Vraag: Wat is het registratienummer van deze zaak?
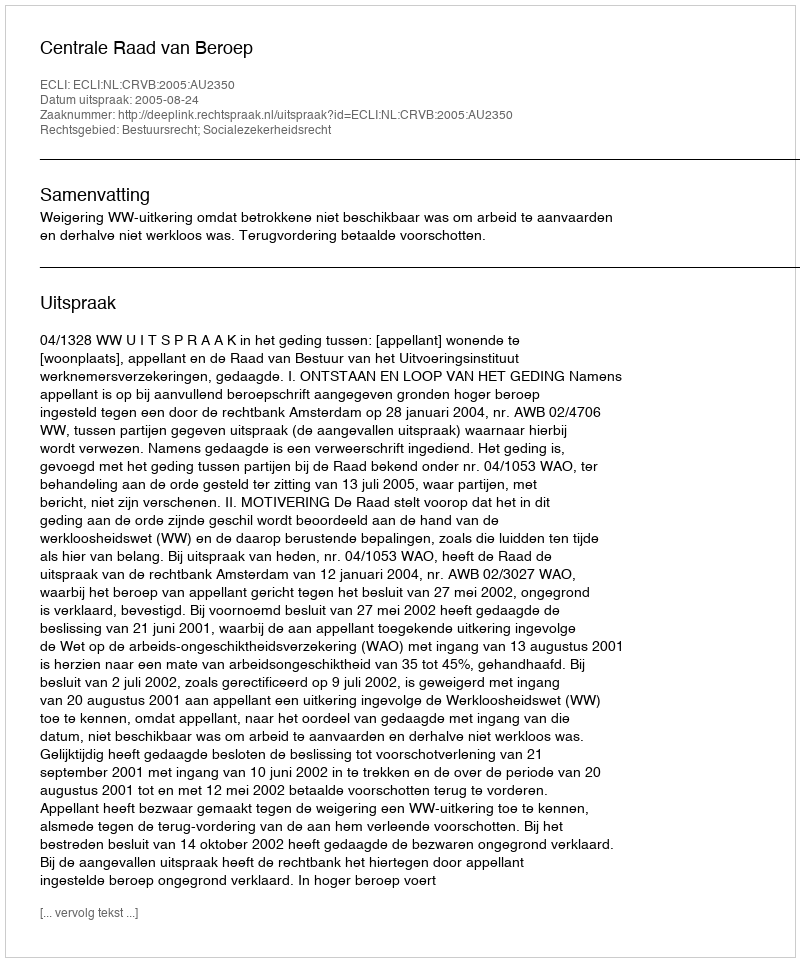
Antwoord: http://deeplink.rechtspraak.nl/uitspraak?id=ECLI:NL:CRVB:2005:AU2350